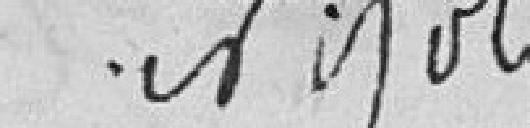
NIZOLE